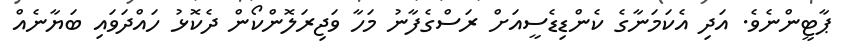
ޕާޓީންނެވެ. އަދި އެކަމަނާގެ ކެންޑިޑެސީއަށް ރަސްގެފާނު މަހާ ވަޖިރަލޮންކޯން ދެކޮޅު ހައްދަވައި ބަޔާނެއް